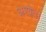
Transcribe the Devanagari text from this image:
अश्वेत।